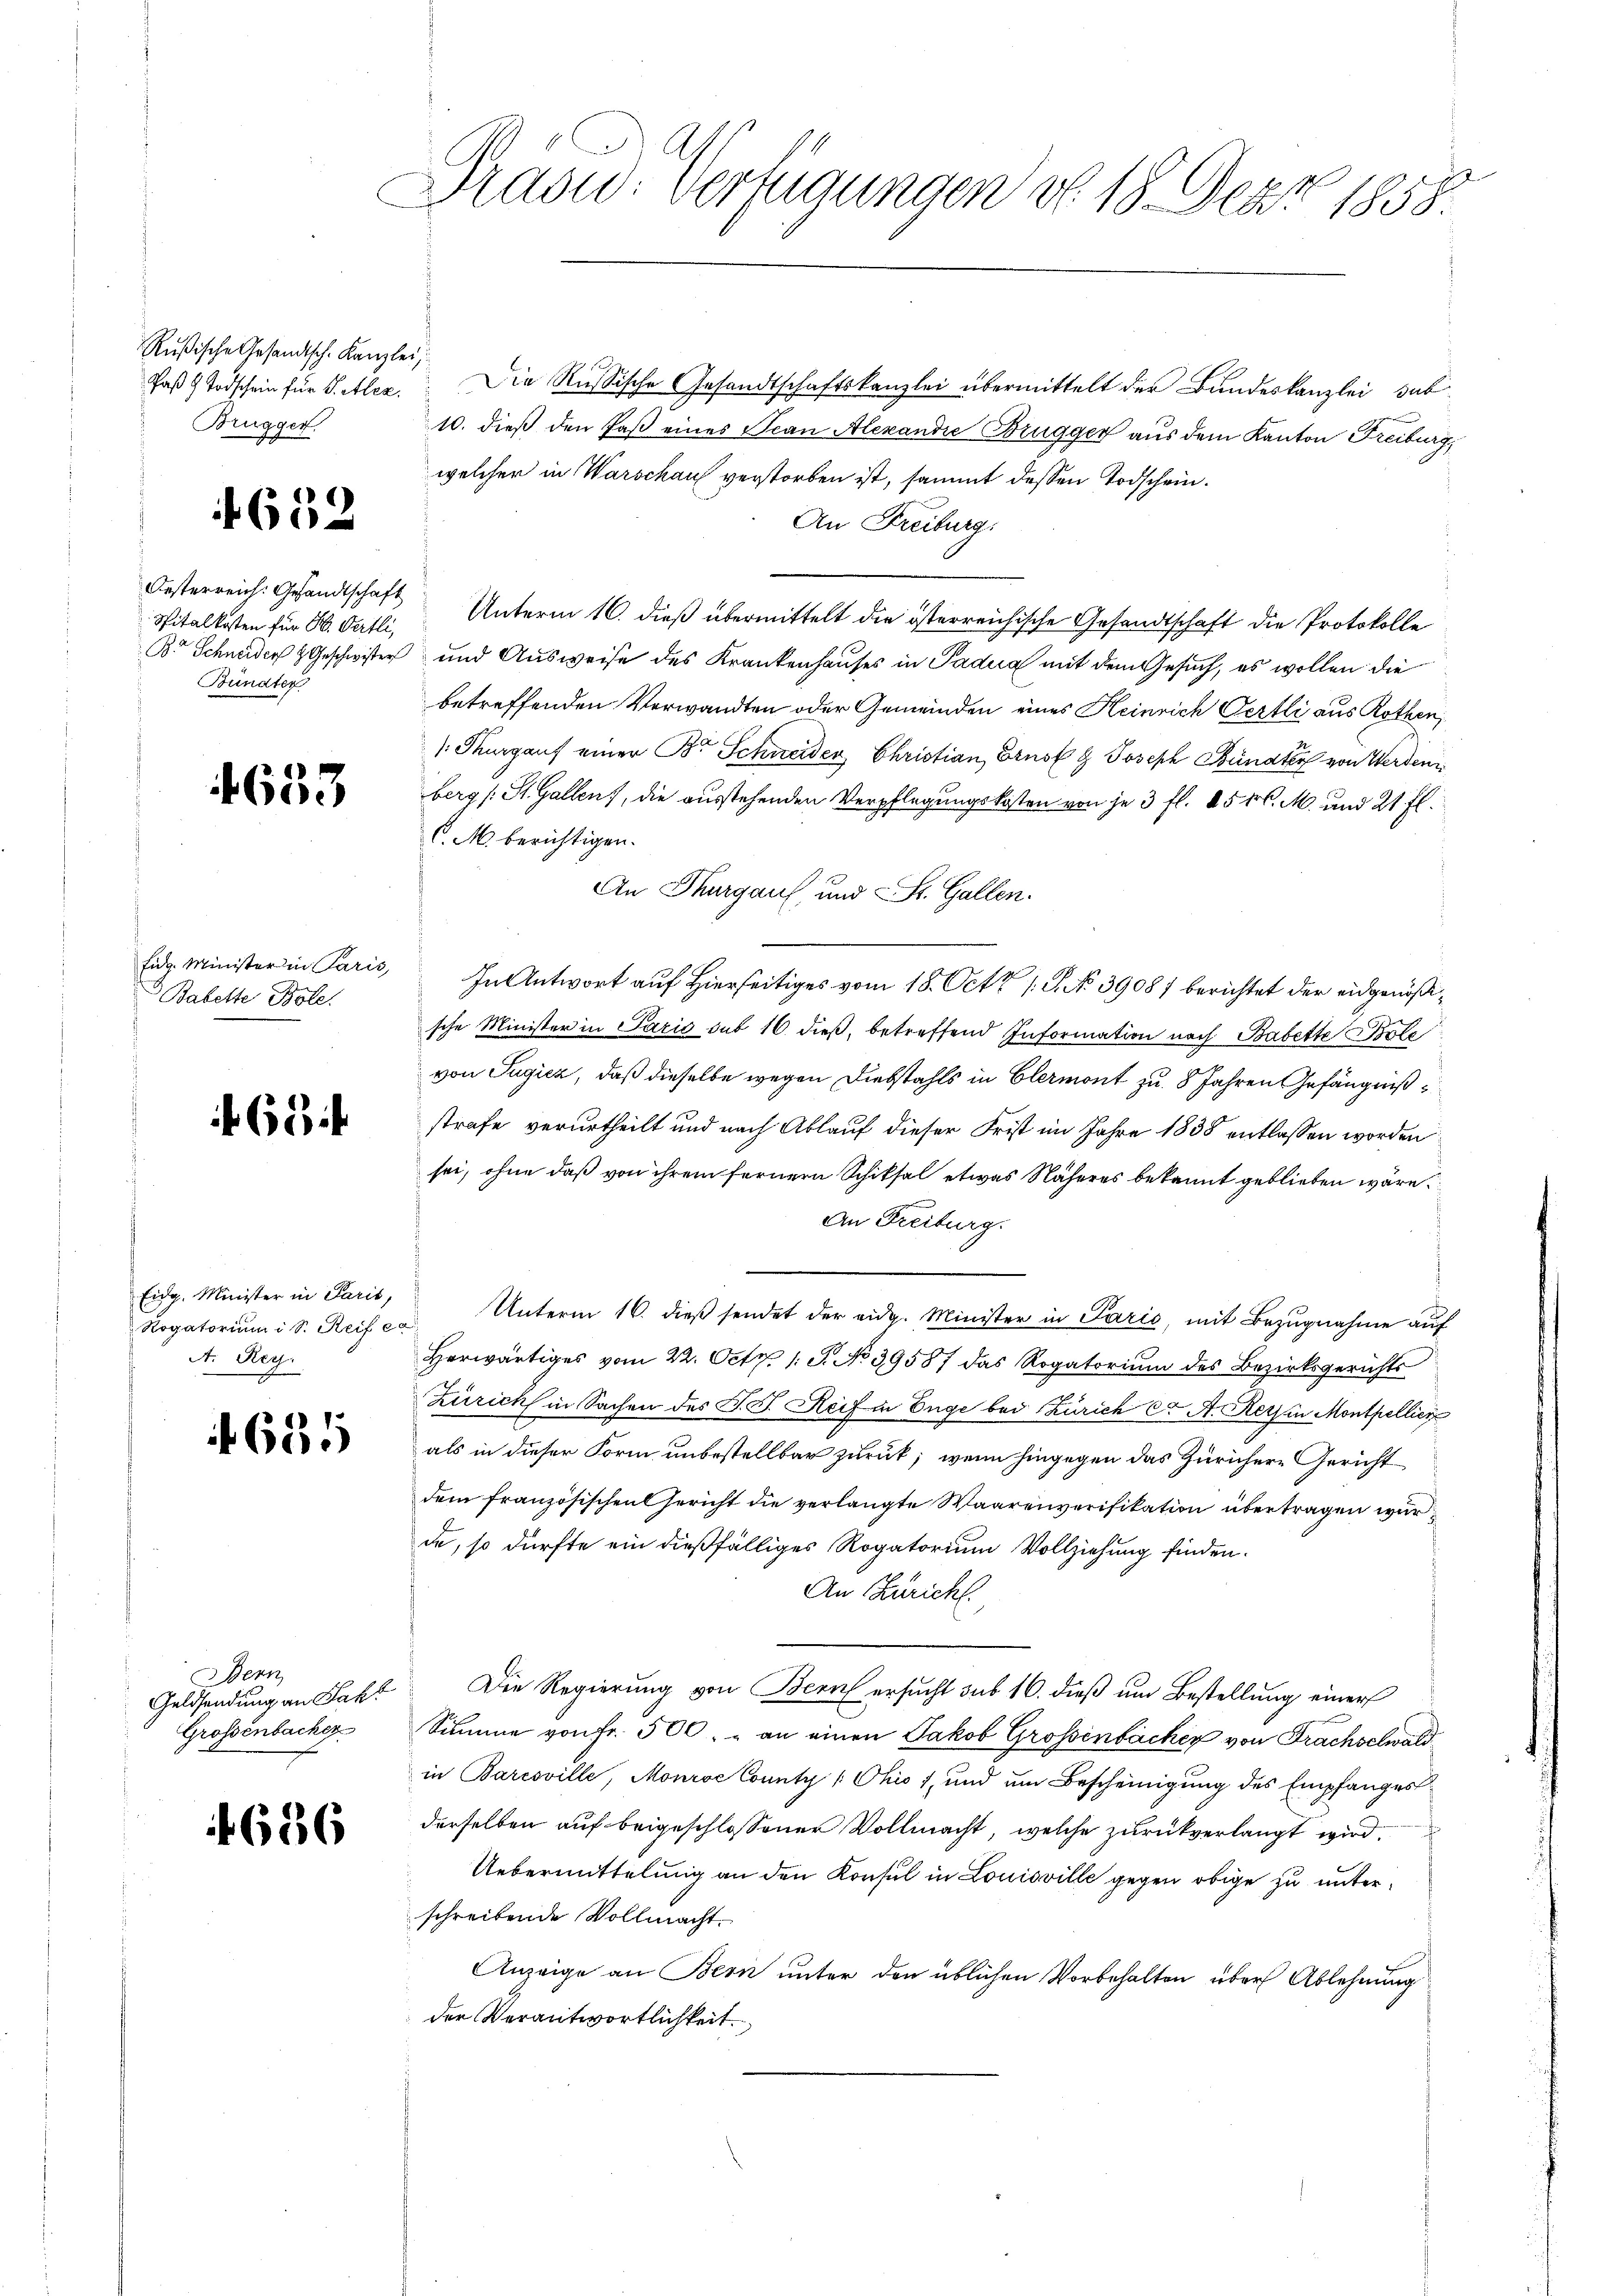
Rußische Gesandtsch. Kanzlei,
Brugger

1652

Oesterreich: Gesandtschaft
Spitalkosten für H. Vertli,
Bündter

4633

Eidg. Minister in Paris,
Babette Bole.

63

Eidg. Minister in Paris,
A. Reg.

685

Bern
Geldsendung an Jak
Grossenbacher

1656

Präsid. Verfügungen ob. 18. Dar 1858.

Jaß 4 Todschein für S. Alex. Die Russische Gesandtschaftskanzlei übermittelt der Bundeskanzlei, sub¬
10. dieß den Faß eines Scan Alexandie Brugger aus dem Kanton Freiburg,
welcher in Warschau verstorben ist, sammt dessen Todschein.
An Freiburg.
Unterm 16. dieß übermittelt die österreichische Gesandtschaft die Protokolle
B. Schneider Geschwister und Ausweise des Krankenhauses in Padua mit dem Gesuch, es wollen die
betreffenden Verwandten oder Gemeinden eines Heinrich Oertli aus Rothen,
: Thurgauf einer B. Schneider Christian, Ernst G. Joseph Bündter von Werden
berg (St. Gallen, die ausstehenden Verpflegungskosten von je 3 fl. 451. M. und 21 fl.
C.M. berichtigen.
An Thurgaus, und St. Gallen.
In Antwort auf Hierseitiges vom 18. Octt 1. P. No. 3908/ berichtet der eidgenößische Minister in Paris sub 16 dieß, betreffend Information nach Babette Bolo
von Jugicz, daß dieselbe wegen Diebstahls in Elermont zu 8 Jahren Gefängniß
strafe verurtheilt und nach Ablauf dieser Frist im Jahre 1838 entlassen worden
sei, ohne daß von ihrem fernern Schiksal etwas Näheres bekannt geblieben wäre.
An Freiburg.
Rogatoriŭm i S. Reifer Unterm 16. dieβ sendet der eidg. Minister in Paris, mit Bezŭgnahme aŭf
Herwärtiges vom 22. Oct. 1 S. No 39587 das Rogatorium des Bezirksgerichts
Zürich in Sachen des J. J. Reif in Enge bei Zürich C. A. Kerz in Montpellier
als in dieser Form unbestellbar zurück; wenn hingegen das Zürichere Gericht
dem französischen Gericht die verlangte Waarenverifikation übertragen wur
de, so dürfte ein dießfälliges Rogatorium Vollziehung finden.
An Züricht.
Die Regierung von Bern ersucht sub 16. dieß um Bestellung einer
Summe von Fr. 500. - an einen Jakob Grossenbacher von Frachselwaldin Baresville, Monroe County /: Ohio, und um Bescheinigung des Empfangesderselben auf beigeschlossener Vollmacht, welche zurückverlangt wird,
Uebermittelung an den Konsul in Louisville gegen obige zu unterschreibende Vollmacht.
Anzeige an Bern unter den üblichen Vorbehalten über Ablehnung
der Verantwortlichkeit